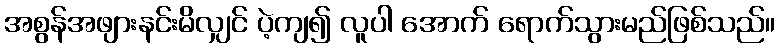
အစွန်အဖျားနင်းမိလျှင် ပဲ့ကျ၍ လူပါ အောက် ရောက်သွားမည်ဖြစ်သည်။